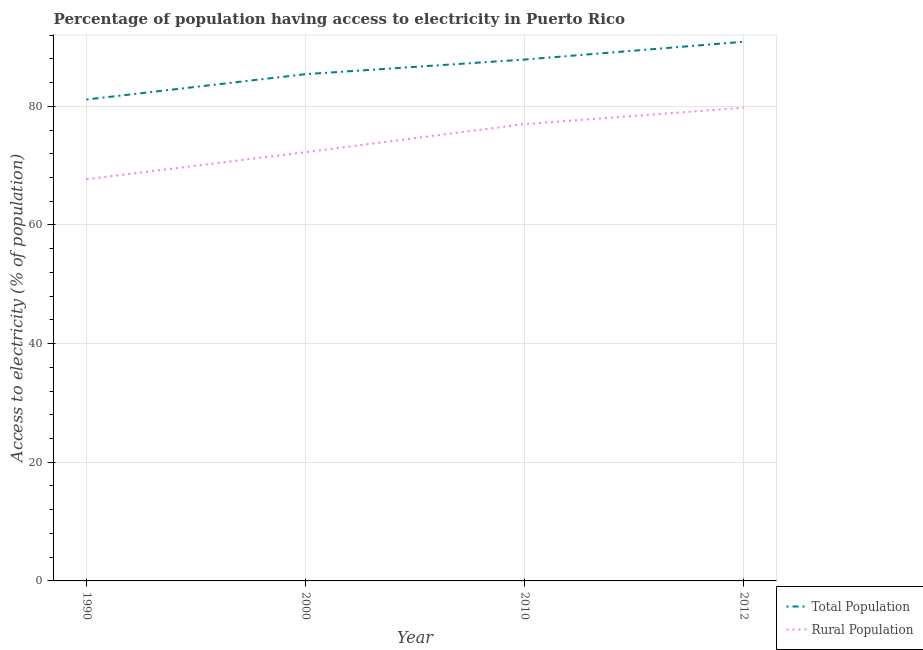
| Year | Total Population | Rural Population |
 | --- | --- | --- |
 | 1990 | 81.1 | 67.7 |
 | 2000 | 85.4 | 72.3 |
 | 2010 | 87.9 | 77 |
 | 2012 | 90.9 | 79.8 |